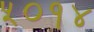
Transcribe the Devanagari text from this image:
५०१४